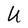
Character: U